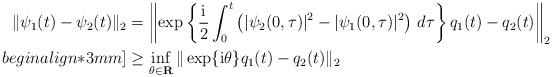
LaTeX: \begin{align*}\| \psi_{1}(t)-\psi_{2}(t)\|_{2}&=\left\| \exp \left\{ \frac{{\rm i}}{2} \int^{t}_{0}\big( \lvert \psi_{2}(0,\tau )\rvert ^{2}-\lvert \psi_{1}(0,\tau )\rvert^{2}\big) \ d\tau \right\} q_{1}(t)-q_{2}(t) \right\|_{2} \\begin{align*}3mm]& \geq\inf_{\theta\in \mathbf{R}}\|\exp\{ {\rm i}\theta \}q_{1}(t)-q_{2}(t)\|_{2}\end{align*}